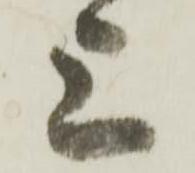
上